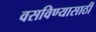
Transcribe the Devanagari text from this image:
वसविण्यासाठी